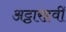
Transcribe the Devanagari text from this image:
अट्ठारहवीँ